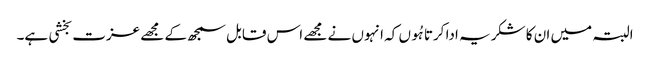
البتہ میں ان کا شکریہ ادا کرتا ہُوں کہ انہوں نے مجھے اس قابل سمجھ کے مجھے عزت بخشی ہے۔